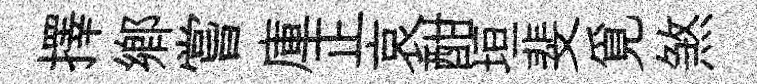
擇鄉嘗庫正哀酣垣斐覓煞